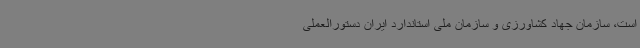
است، سازمان جهاد کشاورزی و سازمان ملی استاندارد ایران دستورالعملی